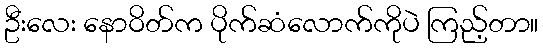
ဦးလေး နောဝိတ်က ပိုက်ဆံလောက်ကိုပဲ ကြည့်တာ။